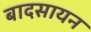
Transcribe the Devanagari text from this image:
बादसायन